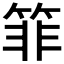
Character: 𰪂